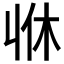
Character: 𠁫